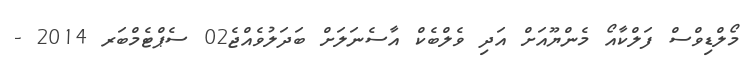
މޯލްޑިވްސް ފަލްކާއޯ މެންޔޫއަށް އަދި ވެލްބެކް އާސެނަލަށް ބަދަލުވެއްޖެ02 ސެޕްޓެމްބަރ 2014 -